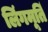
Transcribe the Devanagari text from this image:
लिंगमूर्ति